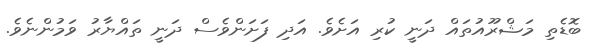
ބޮޑެތި މަޝްރޫއުތައް ދަނީ ކުރި އަށެވެ. އަދި ފަށަންވެސް ދަނީ ތައްޔާރު ވަމުންނެވެ.